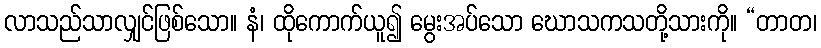
လာသည်သာလျှင်ဖြစ်သော။ နံ၊ ထိုကောက်ယူ၍ မွေးအပ်သော ဃောသကသတို့သားကို။ “တာတ၊